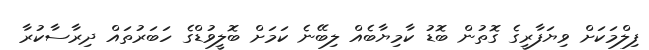
ފިލްމަކަށް ވިޔަފާރީގެ ގޮތުން ބޮޑު ކާމިޔާބެއް ލިބޭނެ ކަމަށް ބޮލީވުޑްގެ ހަބަރުތައް ދިރާސާކުރާ